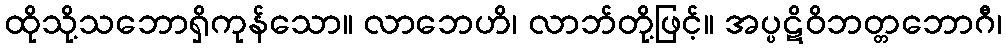
ထိုသို့သဘောရှိကုန်သော။ လာဘေဟိ၊ လာဘ်တို့ဖြင့်။ အပ္ပဋိဝိဘတ္တဘောဂီ၊